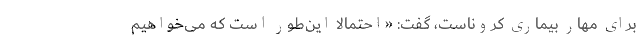
برای مهار بیماری کروناست، گفت: «احتمالا این‌طور است که می‌خواهیم